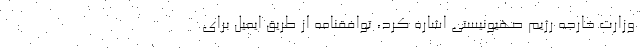
وزارت خارجه رژیم صهیونیستی اشاره کرد، توافقنامه از طریق ایمیل برای